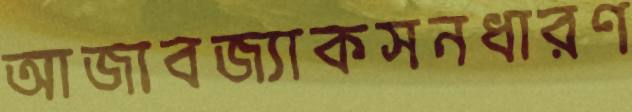
আজাবজ্যাকসনধারণ